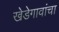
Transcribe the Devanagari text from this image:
खेडेगावांचा